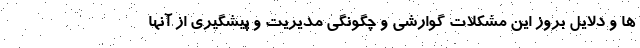
ها و دلایل بروز این مشکلات گوارشی و چگونگی مدیریت و پیشگیری از آنها